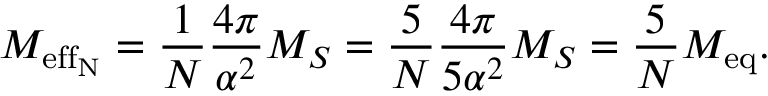
M _ { \mathrm { e f f _ { N } } } = \frac 1 N \frac { 4 \pi } { \alpha ^ { 2 } } M _ { S } = \frac { 5 } { N } \frac { 4 \pi } { 5 \alpha ^ { 2 } } M _ { S } = \frac { 5 } { N } M _ { \mathrm { e q } } .